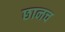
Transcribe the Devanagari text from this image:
छानच